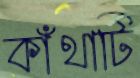
কাঁথাটি